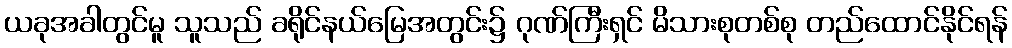
ယခုအခါတွင်မူ သူသည် ခရိုင်နယ်မြေအတွင်း၌ ဂုဏ်ကြီးရှင် မိသားစုတစ်စု တည်ထောင်နိုင်ရန်